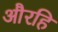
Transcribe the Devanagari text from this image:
औरहि